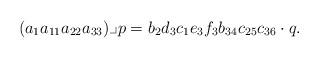
LaTeX: \begin{align*}(a_{1} a_{11} a_{22}a_{33})\lrcorner p = b_{2}d_{3}c_{1}e_{3}f_{3} b_{34} c_{25} c_{36} \cdot q.\end{align*}